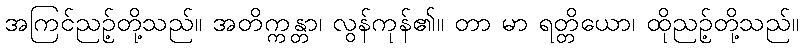
အကြင်ညဉ့်တို့သည်။ အတိက္ကန္တာ၊ လွန်ကုန်၏။ တာ မာ ရတ္တိယော၊ ထိုညဉ့်တို့သည်။